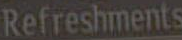
Refreshments